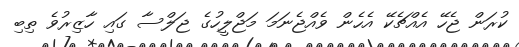
ކުރަން ޖެހޭ އެއްޗެކޭ އެހެން ވެއްޖެނަމަ މަޖްލީހުގެ ޖަލްސާ ގައި ހާޒިރުވެ ތިބި